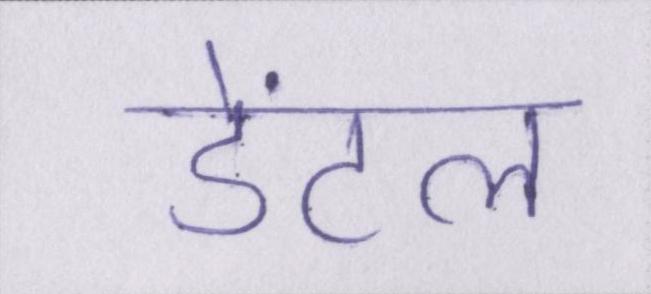
डेंटल